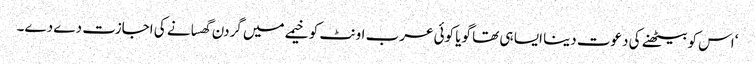
‘اس کو بیٹھنے کی دعوت دینا ایسا ہی تھا گویا کوئی عرب اونٹ کو خیمے میں گردن گھسانے کی اجازت دے دے۔